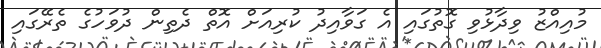
މުއިއްޒު ވިދާޅުވި ގޮތުގައި އެ ގަވާއިދު ކުރިއަށް އޮތް ދެތިން ދުވަހުގެ ތެރޭގައި